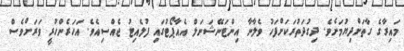
މައިރާގެ ގާތަށްދިޔުމަށެވެ. ދިގުދަތުރަކަށްފަހު ވެެލާނާ އިންޓަނޭޝަނަލް އެއާޕޯޓުގައި ފުލެއިޓު ޖެއްސިއެވެ. އަހަރެންހުރީ ވަރަށްވެސް